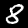
Digit: 8